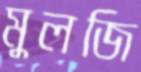
মুলজি